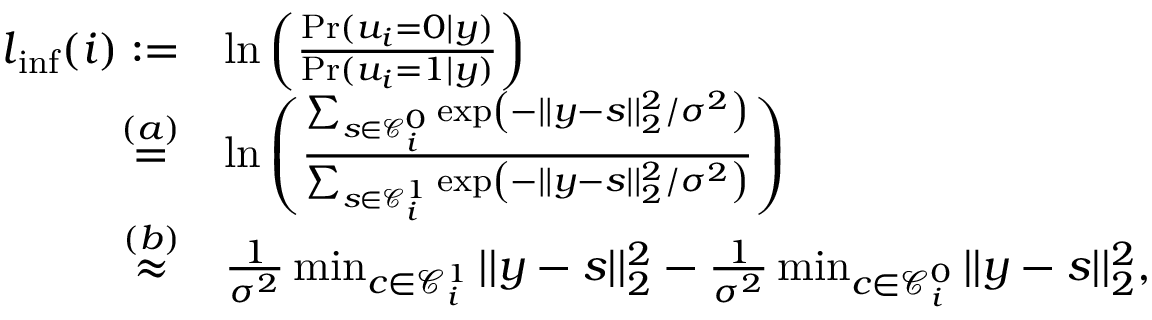
\begin{array} { r l } { \boldsymbol { l } _ { \mathrm { i n f } } ( i ) : = } & { \ln \left( \frac { \operatorname* { P r } ( u _ { i } = 0 | \boldsymbol { y } ) } { \operatorname* { P r } ( u _ { i } = 1 | \boldsymbol { y } ) } \right) } \\ { \stackrel { ( a ) } { = } } & { \ln \left( \frac { \sum _ { \boldsymbol { s } \in \mathcal { C } _ { i } ^ { 0 } } \exp \left( - | | \boldsymbol { y } - \boldsymbol { s } | | _ { 2 } ^ { 2 } / \sigma ^ { 2 } \right) } { \sum _ { \boldsymbol { s } \in \mathcal { C } _ { i } ^ { 1 } } \exp \left( - | | \boldsymbol { y } - \boldsymbol { s } | | _ { 2 } ^ { 2 } / \sigma ^ { 2 } \right) } \right) } \\ { \stackrel { ( b ) } { \approx } } & { \frac { 1 } { \sigma ^ { 2 } } \operatorname * { m i n } _ { \boldsymbol { c } \in \mathcal { C } _ { i } ^ { 1 } } | | \boldsymbol { y } - \boldsymbol { s } | | _ { 2 } ^ { 2 } - \frac { 1 } { \sigma ^ { 2 } } \operatorname * { m i n } _ { \boldsymbol { c } \in \mathcal { C } _ { i } ^ { 0 } } | | \boldsymbol { y } - \boldsymbol { s } | | _ { 2 } ^ { 2 } , } \end{array}